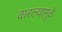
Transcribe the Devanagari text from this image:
वारल्यामुळें